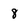
Character: 8